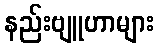
နည်းဗျူဟာများ